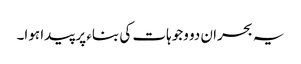
یہ بحران دو وجوہات کی بناء پر پیدا ہوا۔